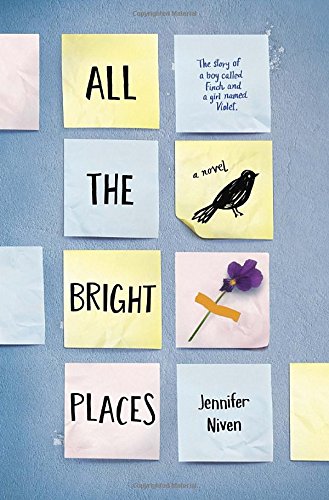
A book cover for All the Bright Places; Jennifer Niven; Teen & Young Adult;